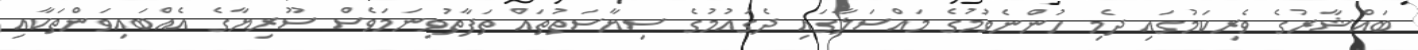
ބައްޝާރުގެ ވެރިކަމުގައި ދެމި ހުންނެވުމުގެ މައްސަލާގައި ދެގައުމުގެ ސިޔާސަތުތައް ތަފާތުވިނަމަވެސް ސޫރިޔާގެ އެއްބައިވަންތަކާއި